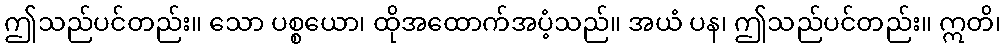
ဤသည်ပင်တည်း။ သော ပစ္စယော၊ ထိုအထောက်အပံ့သည်။ အယံ ပန၊ ဤသည်ပင်တည်း။ ဣတိ၊